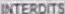
INTERDITS